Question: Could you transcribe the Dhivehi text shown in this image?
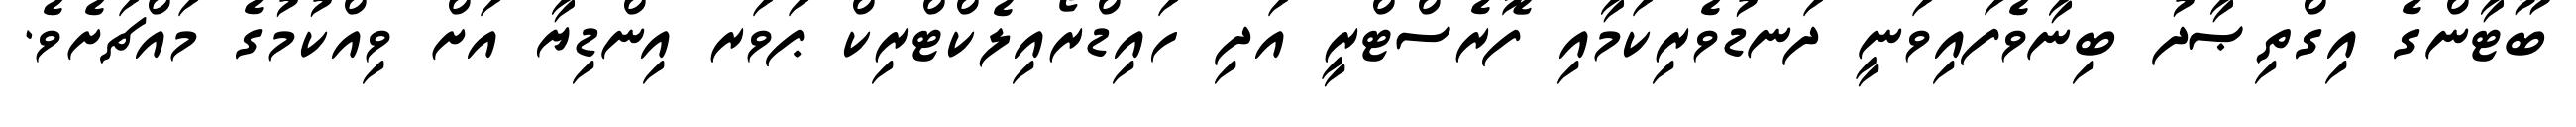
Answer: ބޫޓާންގެ އިގްތިޞާދު ބިނާވެފައިވަނީ ދަނޑުވެރިކަމާއި ފޮރެސްޓްރީ އަދި ހައިޑްރޯއިލެކްޓްރިކް ޕަވަރ އިންޑިޔާ އަށް ވިއްކުމުގެ މައްޗަށެވެ.